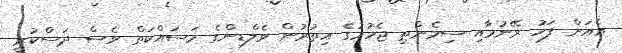
އެއަށް ފަހު ރޭނުމާއި ސިމެންތި ޖެހުމުގެ އިތުރުން ވެލްޑިންގެ މަސައްކަތް ވެސް ދަސްކުރީ